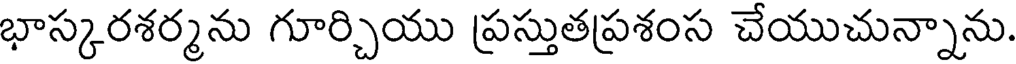
భాస్కరశర్మను గూర్చియు ప్రస్తుతప్రశంస చేయుచున్నాను.